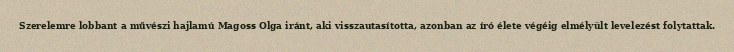
Szerelemre lobbant a művészi hajlamú Magoss Olga iránt, aki visszautasította, azonban az író élete végéig elmélyült levelezést folytattak.